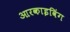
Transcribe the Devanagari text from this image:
आरकाइविंग